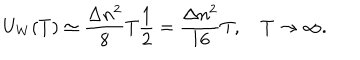
U _ { W } ( T ) \simeq \frac { \Delta n ^ { 2 } } { 8 } T \frac { 1 } { 2 } = \frac { \Delta n ^ { 2 } } { 1 6 } T , \quad T \to \infty { . }